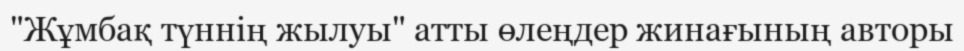
"Жұмбақ түннің жылуы" атты өлеңдер жинағының авторы